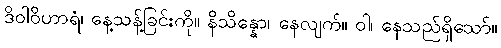
ဒိဝါဝိဟာရံ၊ နေ့သန့်ခြင်းကို။ နိသိန္နော၊ နေလျက်။ ဝါ၊ နေသည်ရှိသော်။